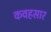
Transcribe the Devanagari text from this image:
कवहसार